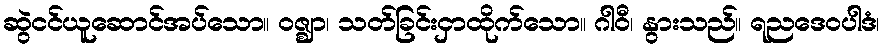
ဆွဲငင်ယူဆောင်အပ်သော။ ဝဇ္ဈာ၊ သတ်ခြင်းငှာထိုက်သော။ ဂါဝီ၊ နွားသည်။ ရညဒေဝပါဒံ၊